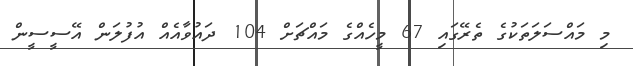
މި މައްސަލަތަކުގެ ތެރޭގައި 67 މީހެއްގެ މައްޗަށް 104 ދައުވާއެއް އުފުލަން އޭސީސީން